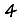
Digit: 4